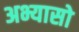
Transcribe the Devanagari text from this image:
अभ्यासो